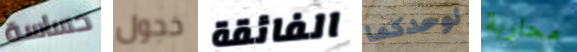
حساسة خجول الفائقة لوحدكما محاربة